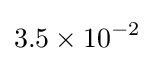
3.5\times 10^{-2}